Report on sanitation, dispensaries, and jails in Rajputana for 1919, and on vaccination for the year 1919-1920 - 1919-1920
Year: 1919
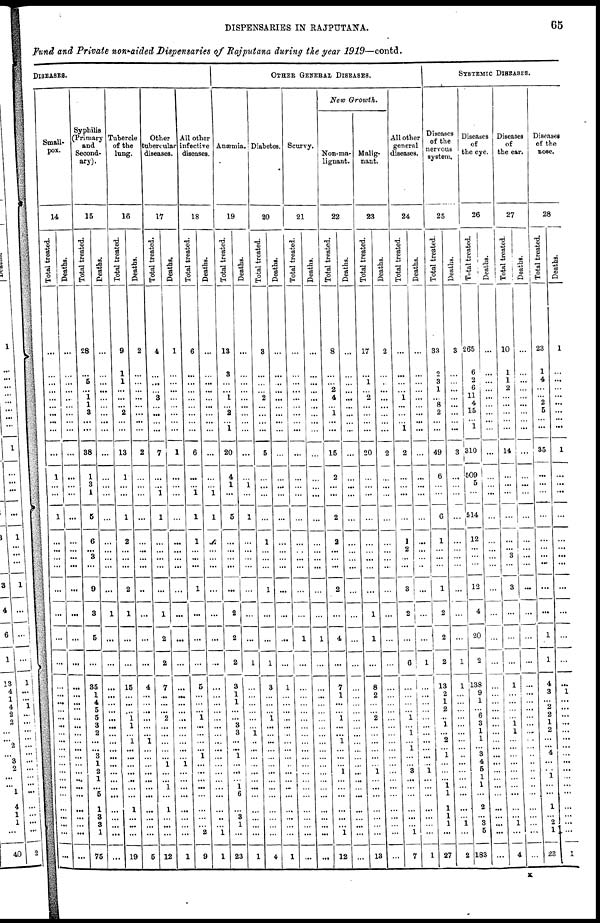
DISPENSARIES IN RAJPUTANA.
65
Fund and Private non-aided Dispensaries of Rajputana during the year 1919—contd.
DISEASES.
Small-
pox.
14
Total treated.
...
...
...
...
...
...
...
... ...
...
1
...
...
1
...
...
...
...
...
...
...
...
...
...
...
...
...
...
...
...
...
...
...
...
...
...
...
...
...
...
...
Deaths.
...
...
...
...
...
...
...
...
...
...
...
...
...
...
...
...
...
...
...
...
...
...
...
...
...
...
...
...
...
...
...
...
...
...
...
...
...
...
...
...
...
Syphilis
(Primary
and
Second¬
ary).
15
Total treated.
28
...
5
...
1
1
3
...
...
38
1
3
1
5
6
...
3
9
3
5
...
35
1
4
5
5
3
2
...
...
3
1
2
1
...
5
1
3
3
1
75
Deaths.
...
...
...
...
...
...
...
...
...
...
...
...
...
...
...
...
...
1
...
...
...
...
...
...
...
...
...
...
...
...
...
...
...
...
...
...
...
...
...
...
Tubercle
of the
lung.
16
Total treated.
9
1
1
...
...
...
2
...
...
13
1
...
...
1
2
...
...
2
1
...
...
15
...
...
...
1
1
...
1
...
...
...
...
...
...
...
1
...
...
...
19
Deaths.
2
...
...
...
...
...
...
...
...
2
...
...
...
...
...
...
...
..
...
...
...
4
...
...
...
...
...
...
1
...
...
...
...
...
...
...
...
...
...
5
Other
tubercular
diseases.
17
Total treated.
4
...
...
...
3
...
...
...
...
7
...
...
1
1
...
...
...
...
1
2
2
7
...
...
...
2
...
...
...
...
...
1
...
...
1
...
1
...
...
...
12
Deaths.
1
...
...
...
...
...
...
...
...
1
...
...
...
...
...
...
...
...
...
...
...
...
...
...
...
...
...
...
...
...
...
1
...
...
...
...
...
...
...
...
1
All other
infective
diseases.
18
Total treated.
6
...
...
...
...
...
...
...
...
6
...
...
1
1
1
...
...
1
...
...
...
5
...
...
...
1
...
...
...
...
1
...
...
...
...
...
...
...
...
2
9
Deaths.
...
...
...
...
...
...
...
...
...
...
...
...
1
1
...
...
...
...
...
...
...
...
...
...
...
...
...
...
...
...
...
...
...
...
...
...
...
...
...
1
1
OTHER GENERAL DISEASES.
Anæmia.
19
Total treated.
13
3
...
...
1
...
2
... 1
20
4
1
...
5
...
...
...
...
2
2
2
3
1
1
...
...
3
3
...
...
1
...
...
...
1
6
...
3
1
...
23
Deaths.
...
...
...
...
...
...
...
...
...
...
...
1
...
...
...
...
...
...
...
...
1
...
...
...
...
...
1
..
...
...
...
...
...
...
...
...
...
...
...
1
Diabetes.
20
Total treated.
3
...
...
...
2
...
...
...
...
5
...
...
...
...
1
...
...
1
...
...
1
3
...
...
...
1
...
...
...
...
...
...
...
...
...
...
...
...
...
...
4
Deaths.
...
...
...
...
...
...
...
...
...
...
...
...
...
...
...
...
...
...
...
...
...
1
...
...
...
...
...
...
...
...
...
...
...
...
...
...
...
...
...
...
1
Scurvy.
21
Total treated.
...
...
...
...
...
...
...
...
...
...
...
...
...
...
...
...
...
...
...
1
...
...
...
...
...
...
...
...
...
...
...
...
...
...
...
...
...
...
...
...
...
Deaths.
...
...
...
...
...
...
...
...
...
...
...
...
...
...
...
...
...
...
...
1
...
...
...
...
...
...
...
...
...
...
...
...
...
...
...
...
...
...
...
...
...
New Growth.
Non-ma-
lignant.
22
Total treated.
8
...
...
2
4
...
1
...
...
15
2
...
...
2
2
...
...
2
...
4
...
7
1
...
...
1
...
...
1
...
...
...
1
...
...
...
...
...
...
1
12
Deaths.
...
...
...
...
...
...
...
...
...
...
...
...
...
...
...
...
...
...
...
...
...
...
...
...
...
...
...
...
...
...
...
...
...
...
...
...
...
...
...
...
...
Malig-
nant.
23
Total treated.
17
...
1
...
2
...
...
...
...
20
...
...
...
...
...
...
...
...
1
1
...
8
2
...
...
2
...
...
...
...
...
...
1
...
...
...
...
...
...
...
13
Deaths.
2
...
...
...
...
...
...
...
...
2
...
...
...
...
...
...
...
...
...
...
...
...
...
...
...
...
...
...
...
...
...
...
...
...
...
...
...
...
...
...
...
All other
general
diseases.
24
Total treated.
...
...
...
1
...
...
... 1
2
...
...
...
...
1
2
...
3
2
...
6
...
...
...
...
1
...
1
...
1
...
...
3
...
...
...
...
...
...
1
7
Deaths.
...
...
...
...
...
...
...
...
...
...
...
...
...
...
...
...
...
...
...
...
1
...
...
...
...
...
...
...
...
...
...
...
1
...
...
...
...
...
...
...
1
SYSTEMIC DISEASES.
Diseases
of the
nervous
system.
25
Total treated.
33
2
3
1
...
8
2
...
...
49
6
...
...
6
1
...
...
1
2
2
2
13
2
1
2
...
1
...
2
... 1
...
...
...
1
1
1
1
1
...
27
Deaths.
3
...
...
...
...
...
...
...
...
3
...
...
...
...
...
...
...
...
...
...
1
1
...
...
...
...
...
...
...
... ..
...
...
...
...
...
...
...
1
...
2
Diseases
of
the eye.
26
Total treated.
265
6
2
6
11
4
15
... 1
310
509
5
...
514
12
...
...
12
4
20
2
138
9
1
...
6
3
1
1
... 3
4
5
1
1
...
2
...
3
5
183
Deaths.
...
...
...
...
...
...
...
...
...
...
...
...
...
...
...
...
...
...
...
...
...
...
...
...
...
...
...
...
...
...
...
...
...
...
...
...
...
...
...
...
Diseases
of
the ear.
27
Total treated.
10
1
1
2
...
...
...
...
...
14
...
...
...
...
...
...
3
3
...
...
...
1
...
...
...
...
1 l
...
...
...
...
...
...
...
...
...
...
1
...
4
Deat hs .
...
...
...
...
...
...
...
...
...
...
...
...
...
...
...
...
...
...
...
...
...
...
...
...
...
...
...
...
...
...
...
...
...
...
...
...
...
...
...
...
...
Diseases
of the
nose.
28
Tot al treated.
23
1
4
...
...
2
5
...
...
35
...
...
...
...
...
...
...
...
...
1
1
4
3
...
...
2
1
...
...
...
4
...
...
1
...
...
1
...
...
1
23
Deaths.
1
...
...
...
...
...
...
...
...
1
...
...
...
...
...
...
...
...
...
...
...
...
1
...
...
...
...
...
...
...
...
...
...
...
...
...
...
...
...
...
1
K